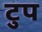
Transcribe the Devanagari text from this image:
टुप